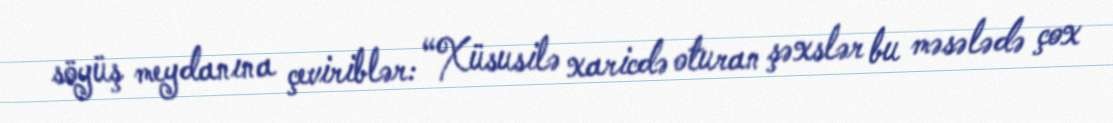
söyüş meydanına çeviriblər: “Xüsusilə xaricdə oturan şəxslər bu məsələdə çox